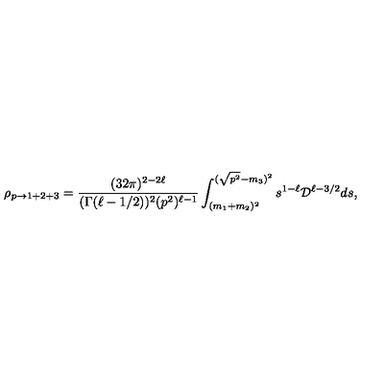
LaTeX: \rho _ { p \rightarrow 1 + 2 + 3 } = \frac { ( 3 2 \pi ) ^ { 2 - 2 \ell } } { ( \Gamma ( \ell - 1 / 2 ) ) ^ { 2 } ( p ^ { 2 } ) ^ { \ell - 1 } } \int _ { ( m _ { 1 } + m _ { 2 } ) ^ { 2 } } ^ { ( \sqrt { p ^ { 2 } } - m _ { 3 } ) ^ { 2 } } s ^ { 1 - \ell } { \cal D } ^ { \ell - 3 / 2 } d s ,